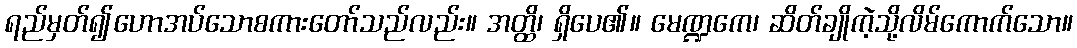
ရည်မှတ်၍ဟောအပ်သောစကားတော်သည်လည်း။ အတ္ထိ၊ ရှိပေ၏။ မေဏ္ဍကေ၊ ဆိတ်ချိုကဲ့သို့လိမ်ကောက်သော။